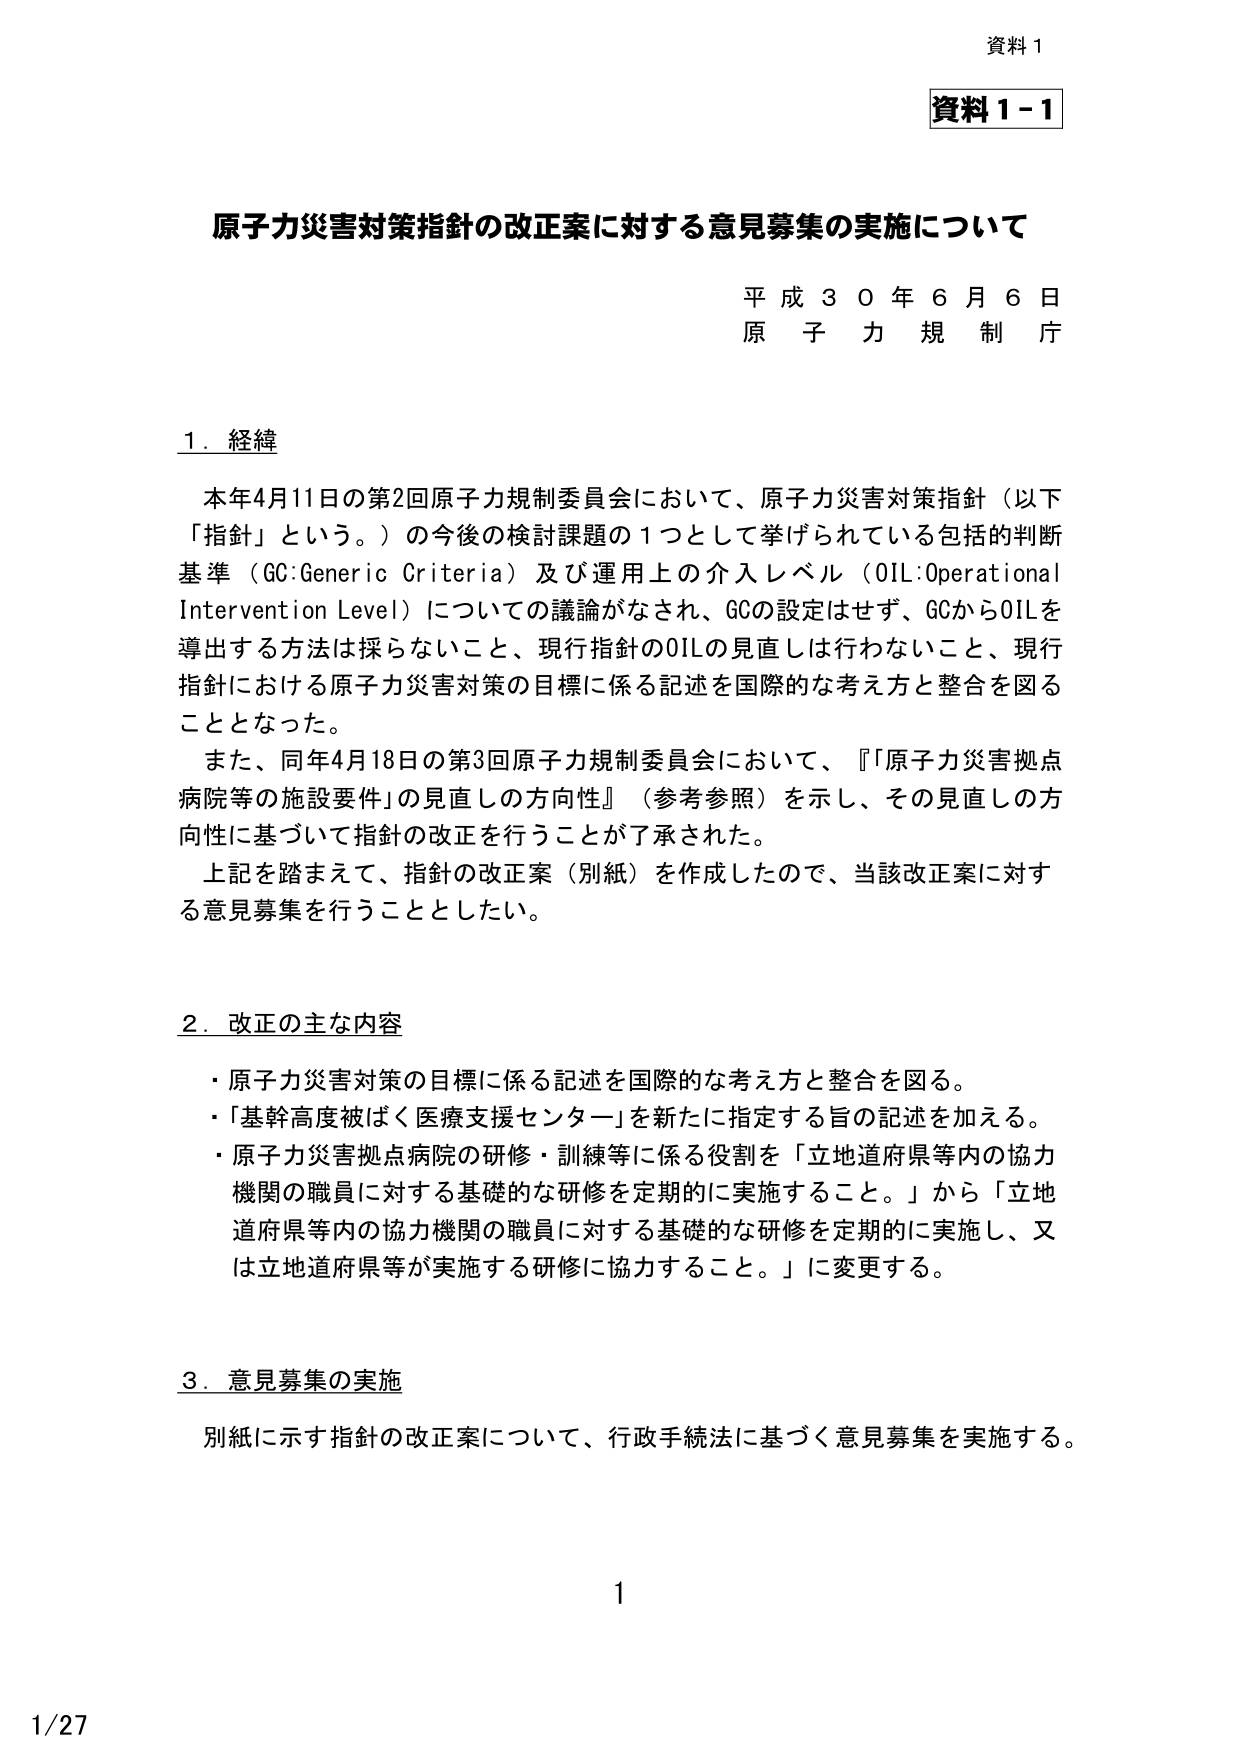
資料１
資料１－１

原子力災害対策指針の改正案に対する意見募集の実施について

平成３０年６月６日
原子力規制庁

１．経緯

本年４月11日の第2回原子力規制委員会において、原子力災害対策指針（以下「指針」という。）の今後の検討課題の１つとして挙げられている包括的判断基準（GC:Generic Criteria）及び運用上の介入レベル（OIL:Operational Intervention Level）についての議論がなされ、GCの設定はせず、GCからOILを導出する方法は採らないこと、現行指針のOILの見直しは行わないこと、現行指針における原子力災害対策の目標に係る記述を国際的な考え方と整合を図ることとなった。

また、同年４月18日の第3回原子力規制委員会において、『「原子力災害拠点病院等の施設要件」の見直しの方向性』（参考参照）を示し、その見直しの方向性に基づいて指針の改正を行うことが了承された。

上記を踏まえて、指針の改正案（別紙）を作成したので、当該改正案に対する意見募集を行うこととした。

２．改正の主な内容

・原子力災害対策の目標に係る記述を国際的な考え方と整合を図る。
・「基幹高度被ばく医療支援センター」を新たに指定する旨の記述を加える。
・原子力災害拠点病院の研修・訓練等に係る役割を「立地道府県等内の協力機関の職員に対する基礎的な研修を定期的に実施すること。」から「立地道府県等内の協力機関の職員に対する基礎的な研修を定期的に実施し、又は立地道府県等が実施する研修に協力すること。」に変更する。

３．意見募集の実施

別紙に示す指針の改正案について、行政手続法に基づく意見募集を実施する。

1
1/27